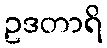
ဥဒတာရိ